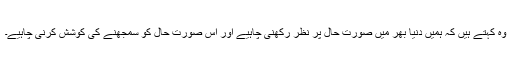
وہ کہتے ہیں کہ ہمیں دنیا بھر میں صورت حال پر نظر رکھنی چاہیے اور اس صورت حال کو سمجھنے کی کوشش کرنی چاہیے۔